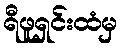
ရီဖူရှင်းထံမှ